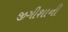
જીગીશાની